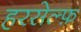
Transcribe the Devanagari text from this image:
हरसेल्फ़